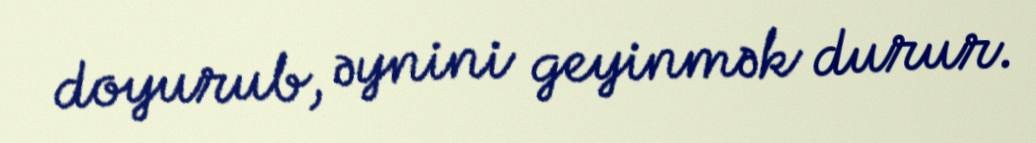
doyurub, əynini geyinmək durur.